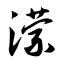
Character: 潆